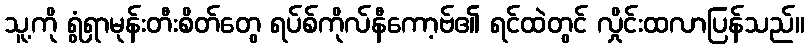
သူ့ကို ရွံရှာမုန်းတီးစိတ်တွေ ရပ်စ်ကိုလ်နီကော့ဗ်၏ ရင်ထဲတွင် လှိုင်းထလာပြန်သည်။